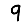
Digit: 9